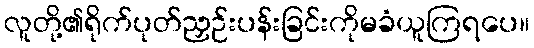
လူတို့၏ရိုက်ပုတ်ညှဉ်းပန်းခြင်းကိုမခံယူကြရပေ။